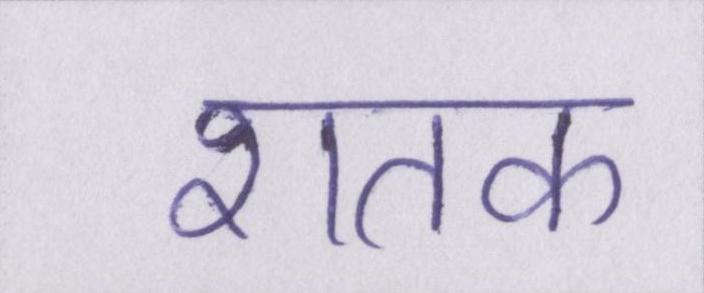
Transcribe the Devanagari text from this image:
शतक